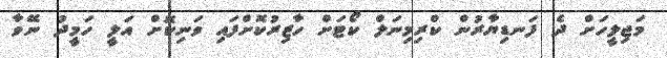
މަޖިލީހަށް ދެ ފަނޑިޔާރުން ކްރިމިނަލް ކޯޓަށް ހާޒިރުކޮށްފައި ވަނިކޮށް އަލީ ހަމީދު ނޭވާ